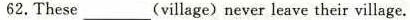
62.These ___ (village) never leave their village.